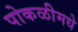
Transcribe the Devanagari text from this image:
पोकळीमधे